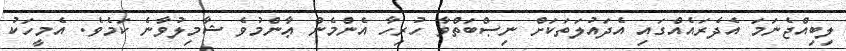
ލިބިއްޖެނަމަ އެދެރައެއްގައި އެދައުލަތަކަށް ނިޞްބަތްވާ ހުރިހާ އެންމެން ޢާންމުވެ ޝާމިލުވާނެ ކަމެވެ. އެމީހަކު